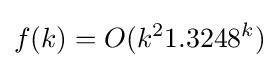
f(k)=O(k^{2}1.3248^{k})